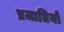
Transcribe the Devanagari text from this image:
प्रजातियो